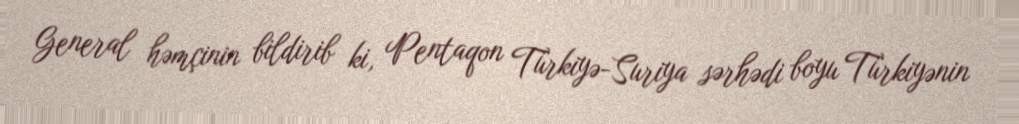
General həmçinin bildirib ki, Pentaqon Türkiyə-Suriya sərhədi boyu Türkiyənin